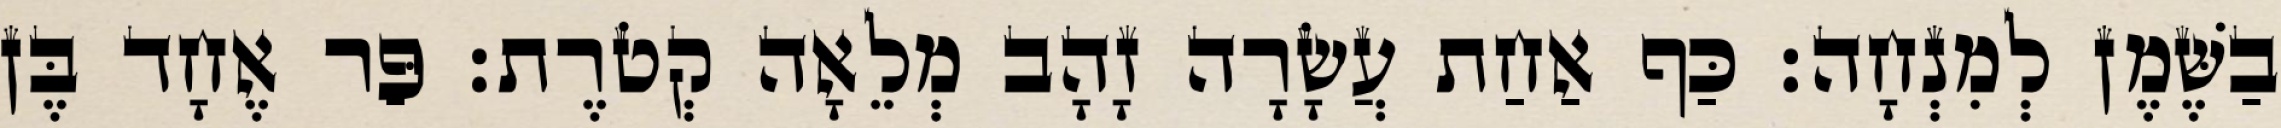
בַשֶּׁמֶן לְמִנְחָה׃ כַּף אַחַת עֲשָׂרָה זָהָב מְלֵאָה קְטֹרֶת׃ פַּר אֶחָד בֶּן